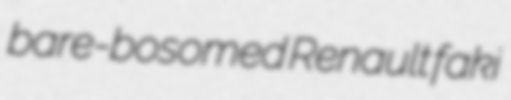
bare-bosomed Renault faki